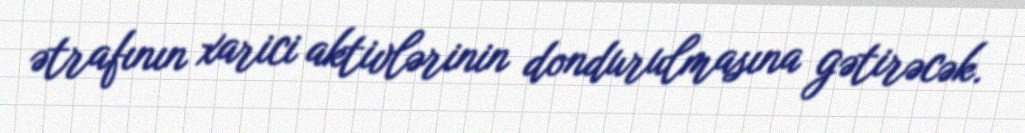
ətrafının xarici aktivlərinin dondurulmasına gətirəcək.